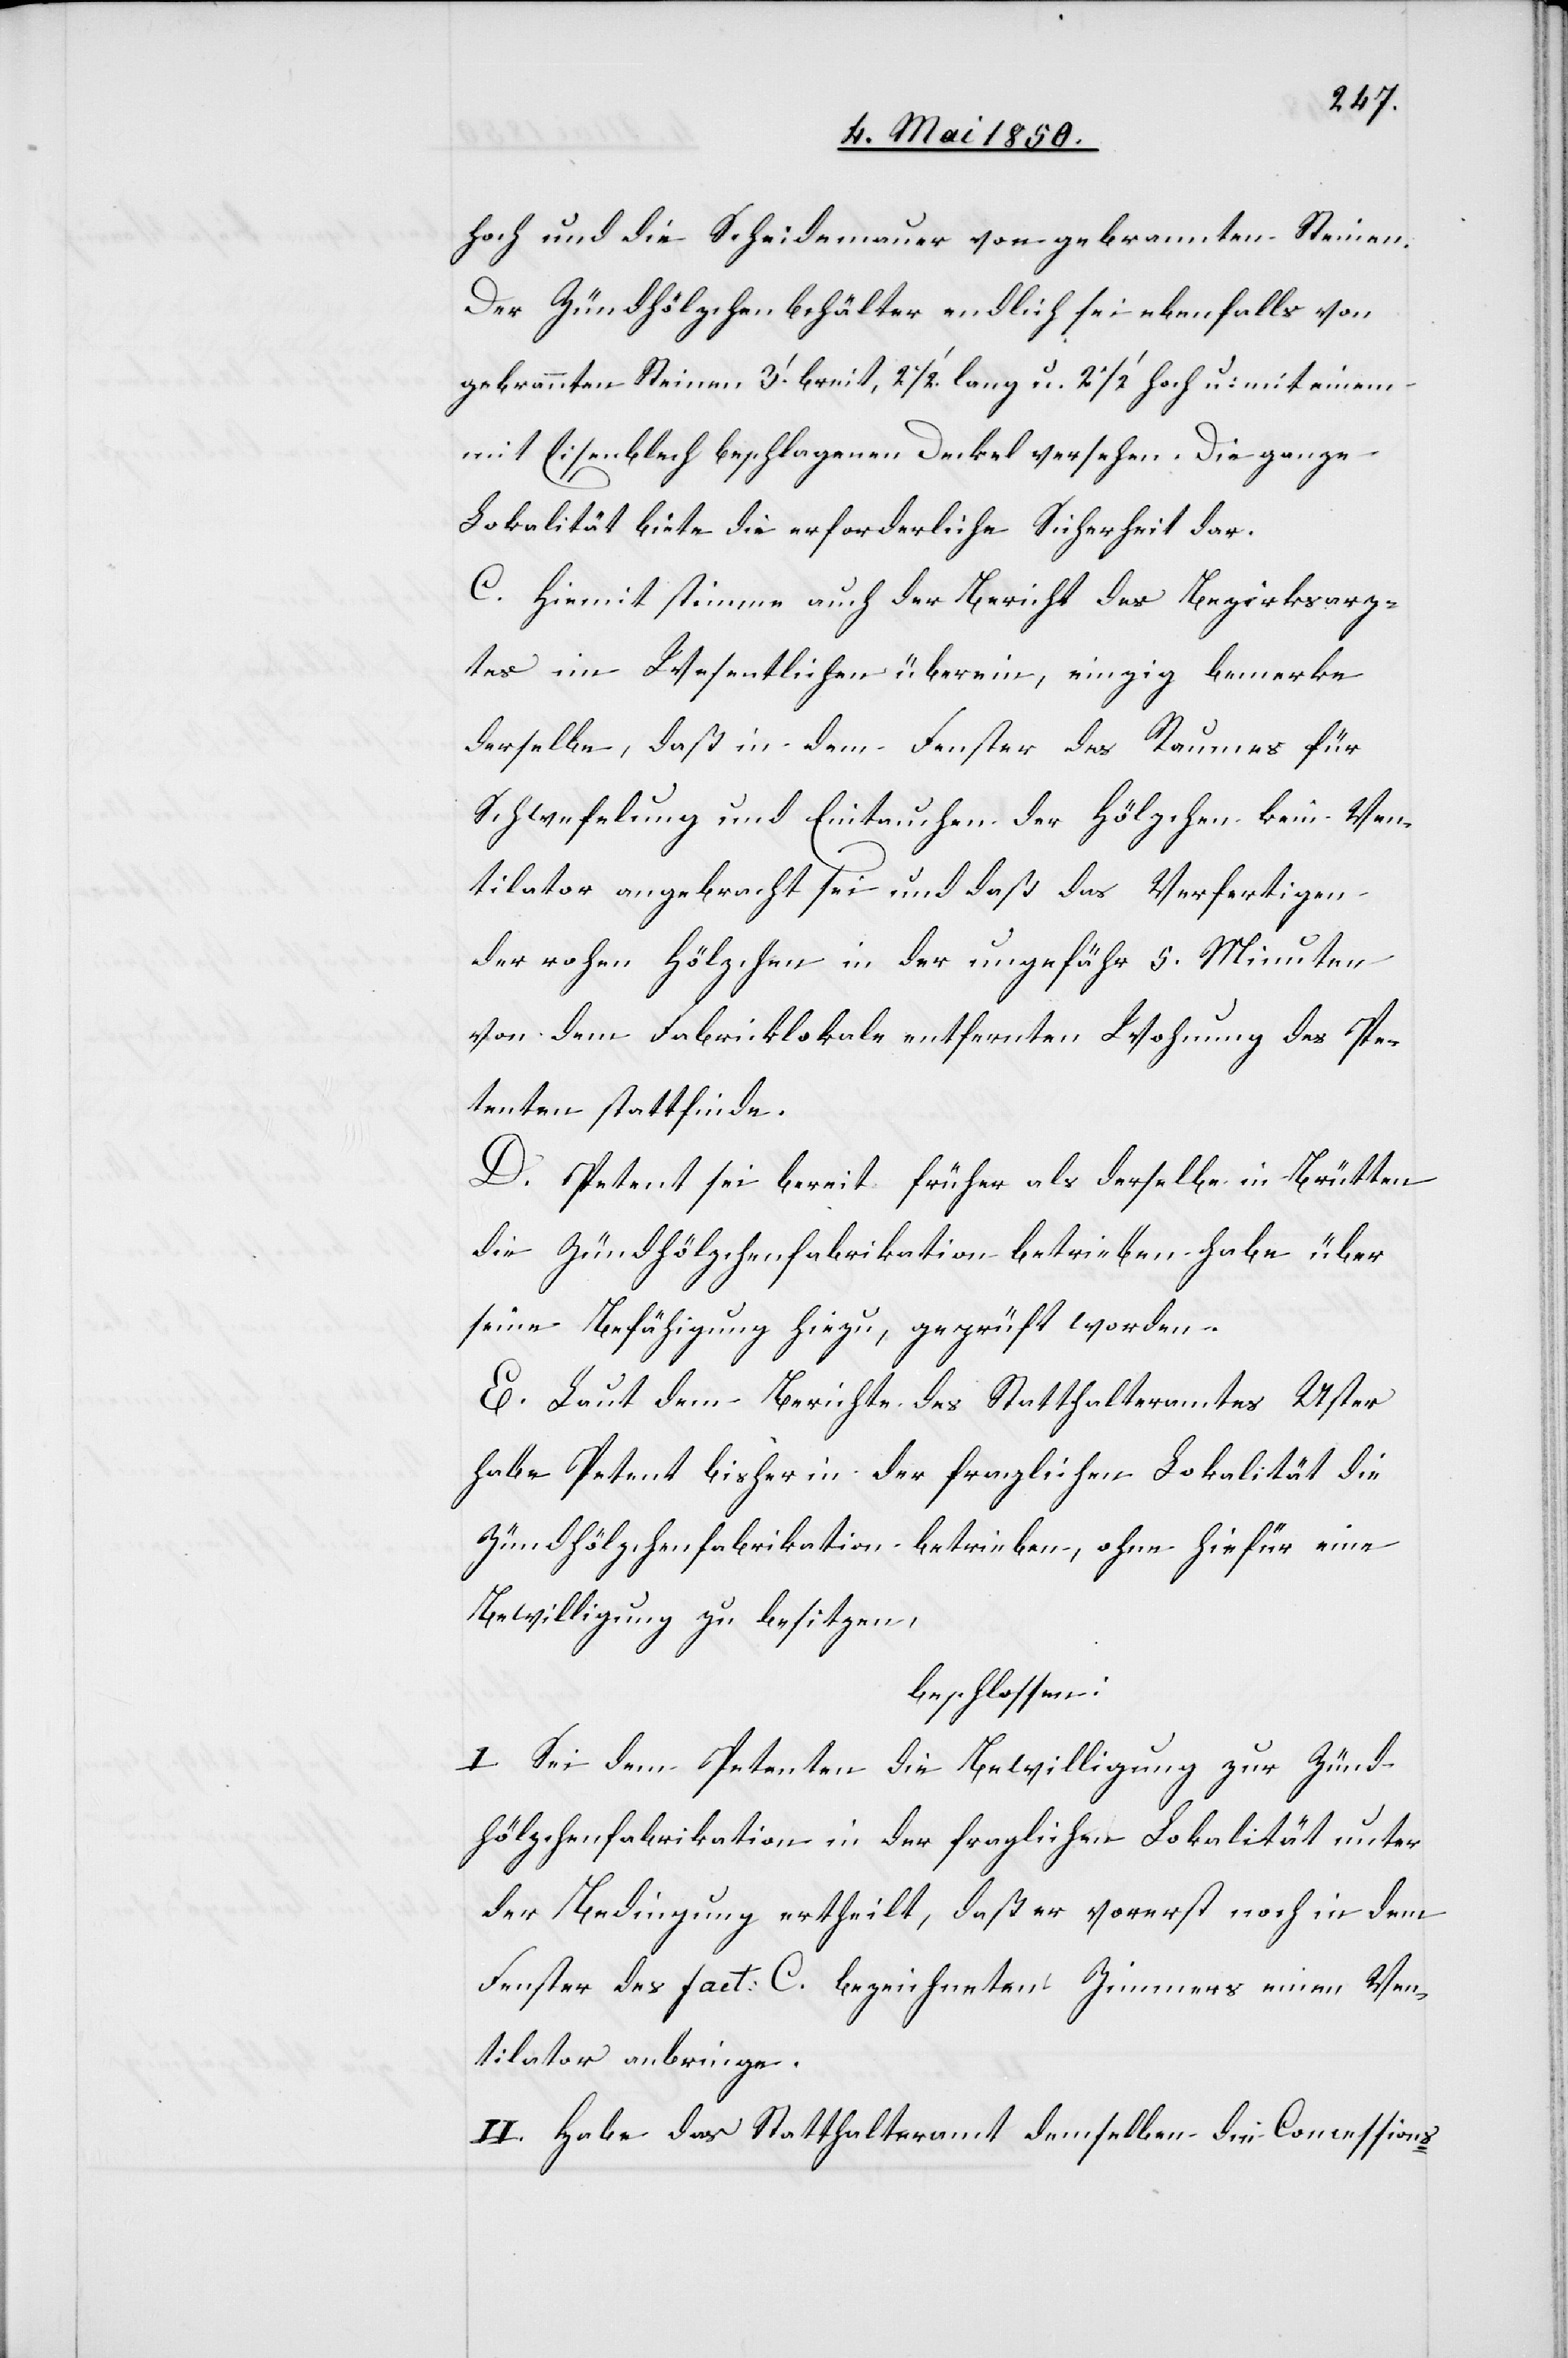
hoch und die Scheidemauer von gebrannten Steinen.
Der Zündhölzchenbehälter endlich sei ebenfalls von
gebrannten Steinen 3.‘ breit, 2 1/2‘ lang u. 2 1/2‘ hoch u. mit einem
mit Eisenblech beschlagenen Deckel versehen. Die ganze
Lokalität biete die erforderliche Sicherheit dar.
C. Hiemit stimme auch der Bericht des Bezirksarz¬
tes im Wesentlichen überein, einzig bemerke
derselbe, daß in dem Fenster des Raumes für
Schwefelung und Eintauchen der Hölzchen kein Ven¬
tilator angebracht sei und daß das Verfertigen
der rohen Hölzchen in der ungefähr 5. Minuten
von dem Fabricklokale entfernten Wohnung des Pe¬
tenten stattfinde.
D. Petent sei bereit[s] früher[,] als derselbe in Brütten
die Zündhölzchenfabrikation betrieben habe über
seine Befähigung hiezu, geprüft worden.
E. Laut dem Berichte des Statthalteramtes Uster
habe Petent bisher in der fraglichen Lokalität die
Zündhölzchenfabrikation betrieben, ohne hiefür eine
Bewilligung zu besitzen,
beschlossen:
I. Sei dem Petenten die Bewilligung zur Zünd¬
hölzchenfabrikation in der fraglichen Lokalität unter
der Bedingung ertheilt, daß er vorerst noch in dem
Fenster des fact: C. bezeichneten Zimmers einen Ven¬
tilator anbringe.
II. Habe das Statthalteramt demselben die Concessions-